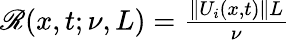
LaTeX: \begin{array}{r}{\mathscr{R}(x,t;\nu,L)=\frac{\| U_{i}(x,t)\| L}{\nu}}\end{array}